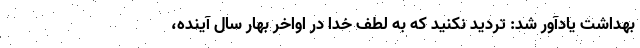
بهداشت یادآور شد: تردید نکنید که به لطف خدا در اواخر بهار سال آینده،